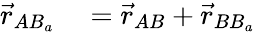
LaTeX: \begin{array}{rl}{\vec{r}_{AB_{a}}}&{{}=\vec{r}_{AB}+\vec{r}_{BB_{a}}}\end{array}